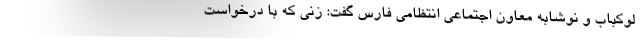
لوکباب و نوشابه معاون اجتماعی انتظامی فارس گفت: زنی که با درخواست